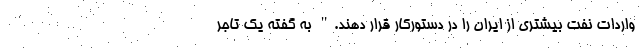
واردات نفت بیشتری از ایران را در دستورکار قرار دهند." به گفته یک تاجر